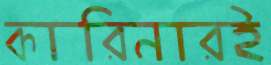
কারিনারই